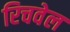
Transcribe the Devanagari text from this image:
रिचवेल